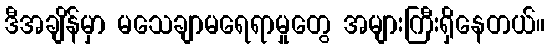
ဒီအချိန်မှာ မသေချာမရေရာမှုတွေ အများကြီးရှိနေတယ်။